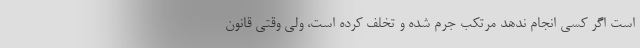
است اگر کسی انجام ندهد مرتکب جرم شده و تخلف کرده است، ولی وقتی قانون